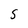
Character: S